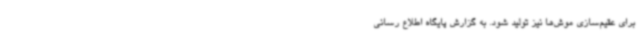
برای عقیم‌سازی موش‌ها نیز تولید شود. به گزارش پایگاه اطلاع رسانی